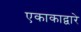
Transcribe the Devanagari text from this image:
एकाकाद्वारे